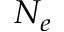
N _ { e }